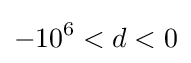
-10^{6}<d<0